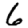
Digit: 6